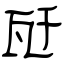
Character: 瓩